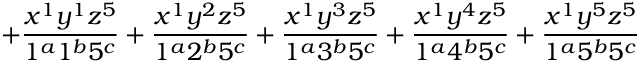
+ \frac { x ^ { 1 } y ^ { 1 } z ^ { 5 } } { 1 ^ { a } 1 ^ { b } 5 ^ { c } } + \frac { x ^ { 1 } y ^ { 2 } z ^ { 5 } } { 1 ^ { a } 2 ^ { b } 5 ^ { c } } + \frac { x ^ { 1 } y ^ { 3 } z ^ { 5 } } { 1 ^ { a } 3 ^ { b } 5 ^ { c } } + \frac { x ^ { 1 } y ^ { 4 } z ^ { 5 } } { 1 ^ { a } 4 ^ { b } 5 ^ { c } } + \frac { x ^ { 1 } y ^ { 5 } z ^ { 5 } } { 1 ^ { a } 5 ^ { b } 5 ^ { c } }